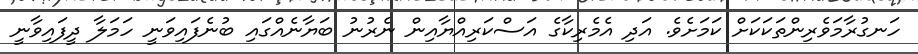
ހަނގުރާމަވެރިންތަކަކަށް ކަމަށެވެ. އަދި އެމެރިކާގެ އަސްކަރިއްޔާއިން ނެރުނު ބަޔާނެއްގައި ބުނެފައިވަނީ ހަަމަލާ ދީފައިވާނީ